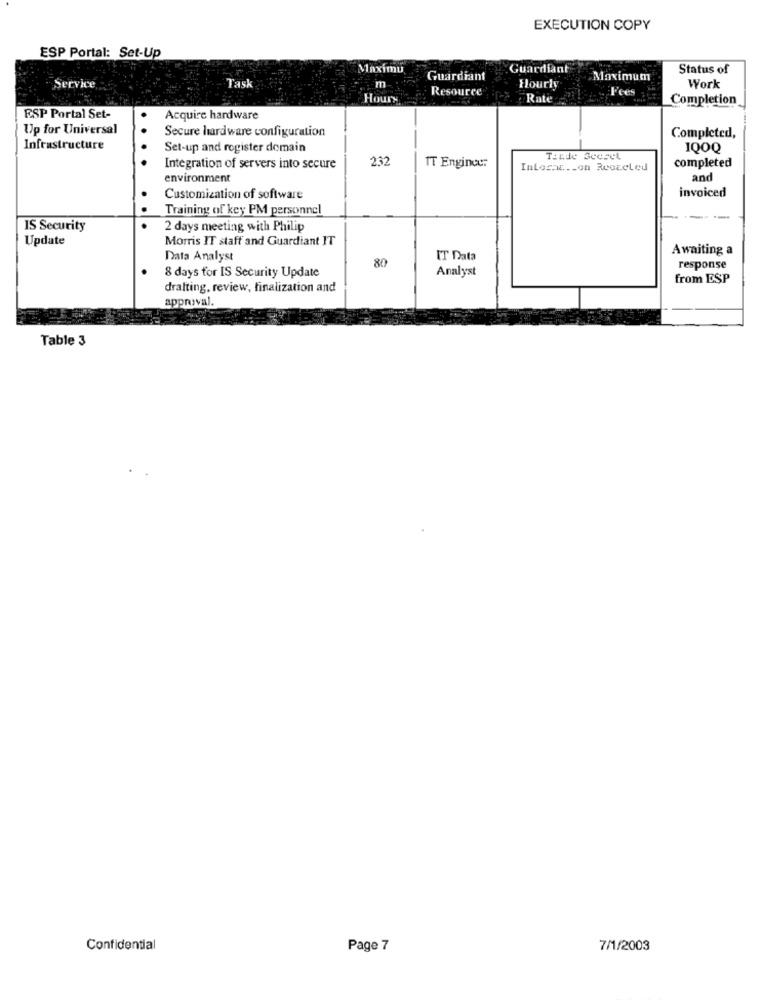
EXECUTION COPY
ESP Portal: Set-Up
Maximu
Guardiant
Status of
Task
m
Guardiant
Maximum
Service
Resource
Hourly
Fees
Work
Houry
Rate
Completion
ESP Portal Set-
Acquire hardware
Up for Universal
Secure hardware configuration
Completed,
Infrastructure
Set-up and register domain
1000
232
THEde SceseL
completed
Integration of servers into secure
IT Engineer
Inloszu .. on Roozeled
environment
and
invoiced
Customization of software
Training of key PM personnel
IS Security
2 days meeting with Philip
Update
Morris IT staff and Guardiant IT
Awaiting a
Data Analyst
80
IT Data
8 days for IS Security Update
Analyst
response
from ESP
drafting, review, finalization and
approval.
Table 3
Confidential
Page 7
7/1/2003